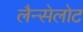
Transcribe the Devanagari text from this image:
लैन्सेलोट